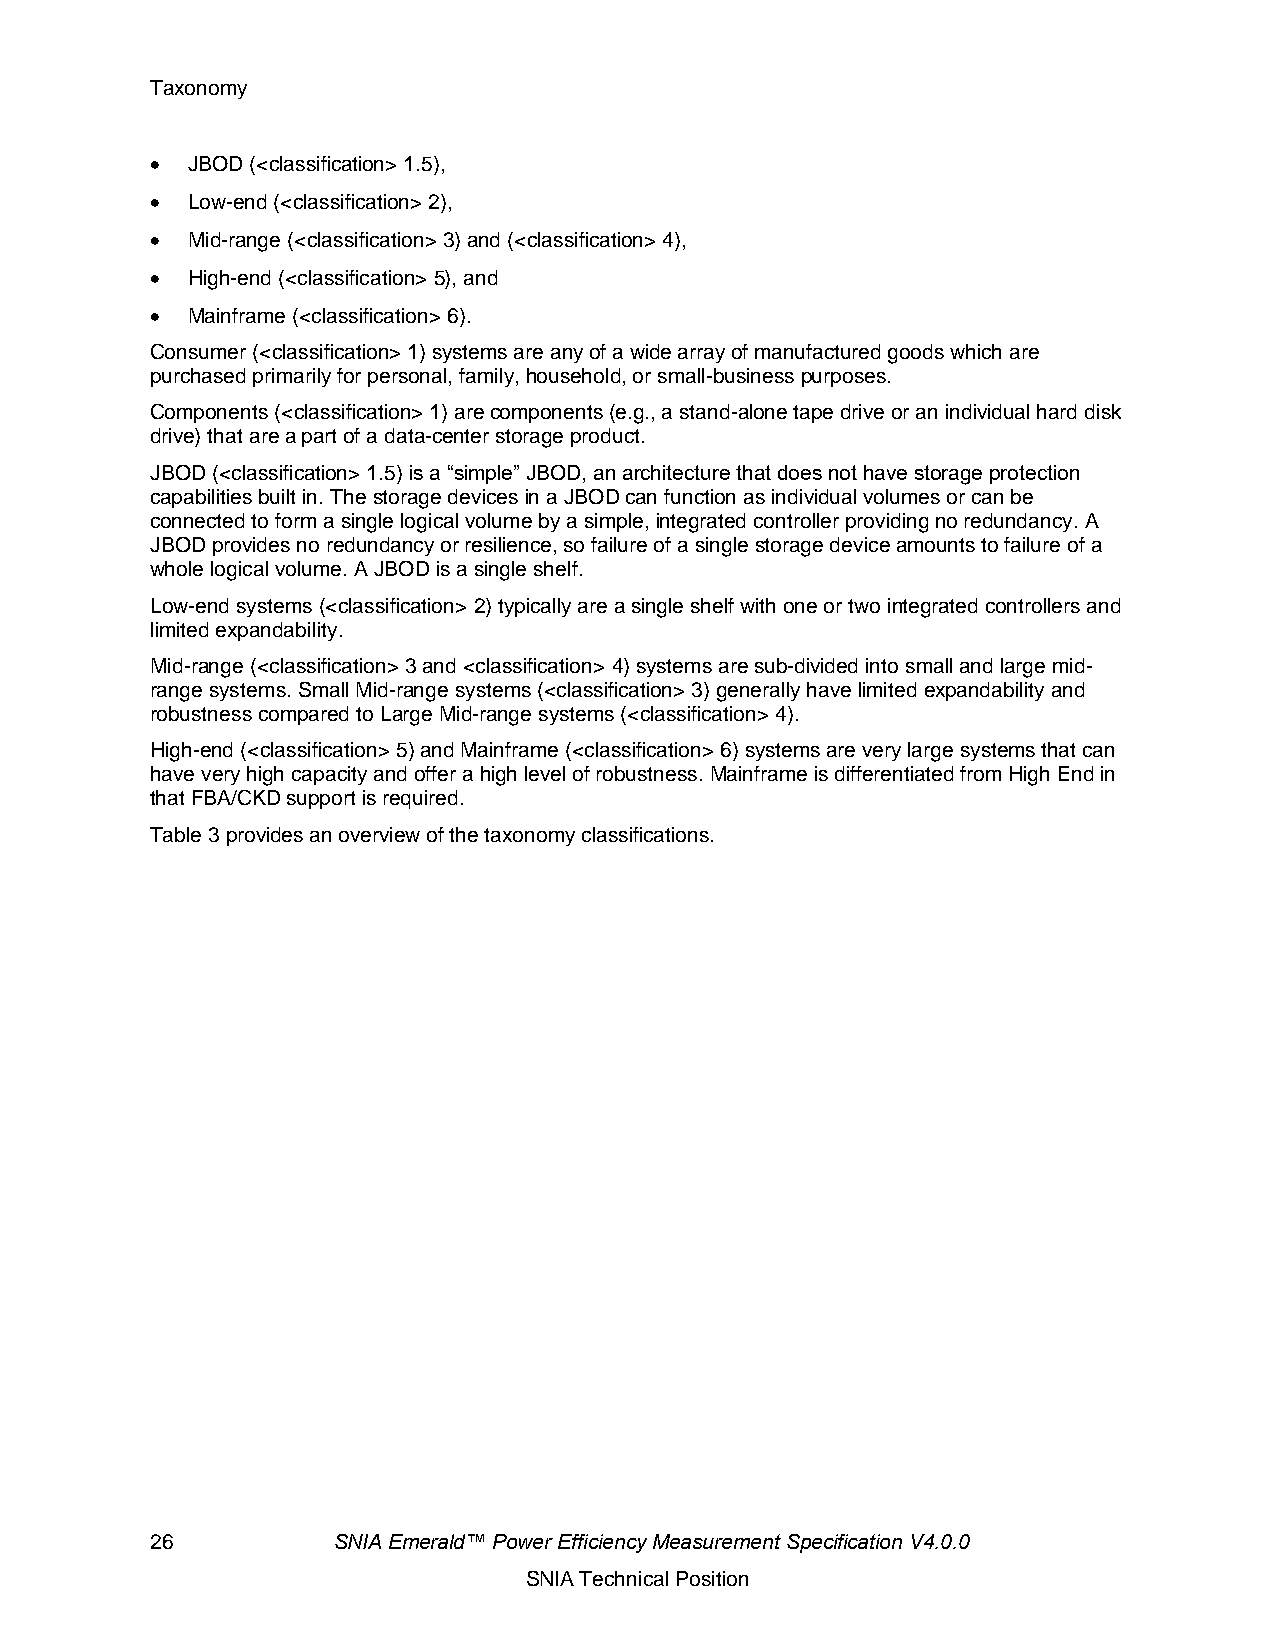
Taxonomy
 • JBOD (<classification> 1.5),
 • Low-end (<classification> 2),
 • Mid-range (<classification> 3) and (<classification> 4),
 • High-end (<classification> 5), and
 • Mainframe (<classification> 6).
 Consumer (<classification> 1) systems are any of a wide array of manufactured goods which are
 purchased primarily for personal, family, household, or small-business purposes.
 Components (<classification> 1) are components (e.g., a stand-alone tape drive or an individual hard disk
 drive) that are a part of a data-center storage product.
 JBOD (<classification> 1.5) is a “simple” JBOD, an architecture that does not have storage protection
 capabilities built in. The storage devices in a JBOD can function as individual volumes or can be
 connected to form a single logical volume by a simple, integrated controller providing no redundancy. A
 JBOD provides no redundancy or resilience, so failure of a single storage device amounts to failure of a
 whole logical volume. A JBOD is a single shelf.
 Low-end systems (<classification> 2) typically are a single shelf with one or two integrated controllers and
 limited expandability.
 Mid-range (<classification> 3 and <classification> 4) systems are sub-divided into small and large mid-
 range systems. Small Mid-range systems (<classification> 3) generally have limited expandability and
 robustness compared to Large Mid-range systems (<classification> 4).
 High-end (<classification> 5) and Mainframe (<classification> 6) systems are very large systems that can
 have very high capacity and offer a high level of robustness. Mainframe is differentiated from High End in
 that FBA/CKD support is required.
 Table 3 provides an overview of the taxonomy classifications.
 26          SNIA Emerald™ Power Efficiency Measurement Specification V4.0.0
 SNIA Technical Position